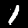
Label: 1